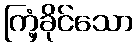
ကြံ့ခိုင်သော